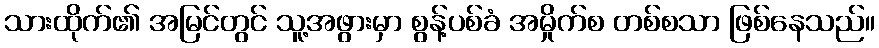
သားထိုက်၏ အမြင်တွင် သူ့အဖွားမှာ စွန့်ပစ်ခံ အမှိုက်စ တစ်စသာ ဖြစ်နေသည်။